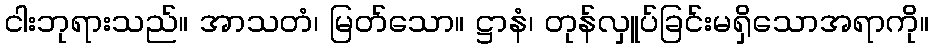
ငါးဘုရားသည်။ အာသတံ၊ မြတ်သော။ ဋ္ဌာနံ၊ တုန်လှူပ်ခြင်းမရှိသောအရာကို။